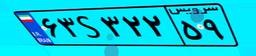
۶۳S۳۲۲۵۹